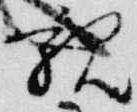
親